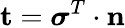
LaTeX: \mathbf{t}={\boldsymbol{\sigma}}^{T}\cdot\mathbf{n}